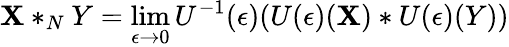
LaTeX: \mathbf{X}*_{N}Y=\operatorname*{lim}_{\epsilon\to0}U^{-1}(\epsilon)(U(\epsilon)(\mathbf{X})*U(\epsilon)(Y))